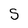
Character: S